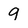
Character: 9